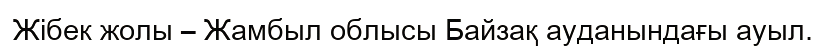
Жібек жолы – Жамбыл облысы Байзақ ауданындағы ауыл.